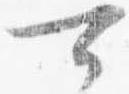
可